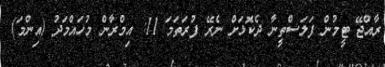
ރާއްޖޭ ޓީމުން ފަލަސްތީނާ ދެކޮޅަށް ނެރޭ ފުރަތަމަ 11: އިމްރާން މުހައްމަދު (އިންމަ)